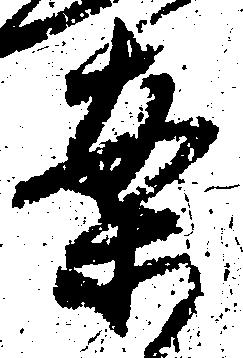
案